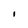
Character: 1